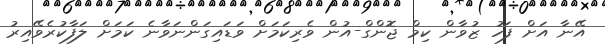
އޭނާ އަށް ފަހު ޒުވާން ކިމް ޖޮންގް-އުން ވެރިކަމަށް ވަޑައިގަންނަވާނެ ކަމަށް ލަފާކުރެވޭއިރު